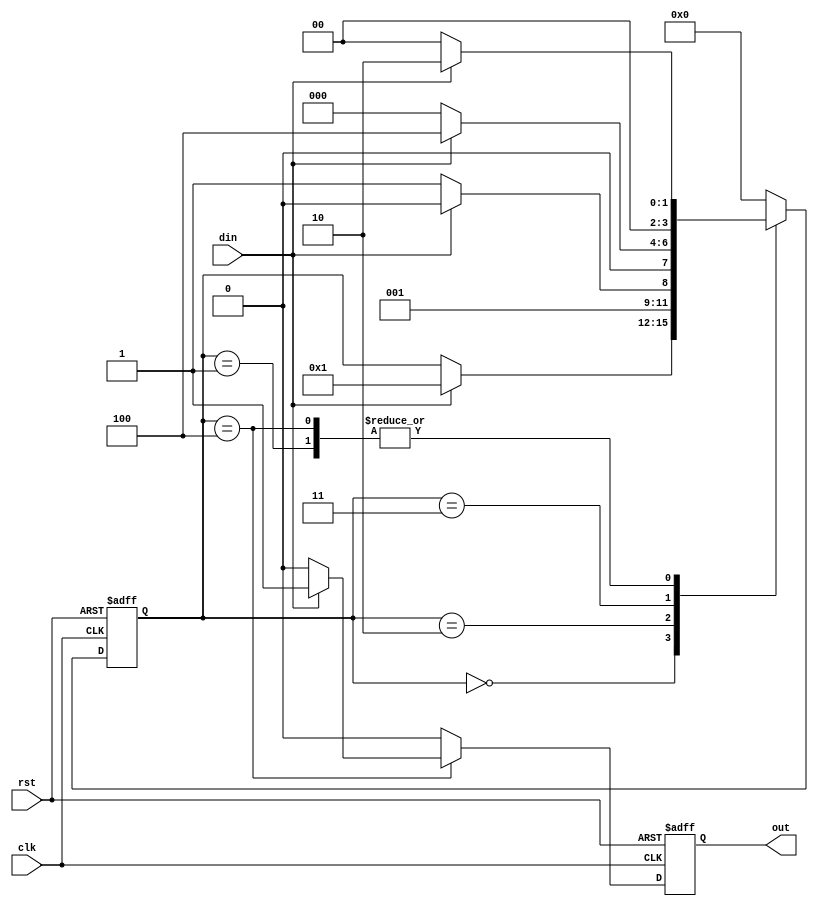
//----------------------------------------------------------------------------
// seqdet.v
// ---------------------------------------------------------------------------


module seqdet(clk, rst, din, out);
input clk, rst;
input din;
output reg out;
parameter S0=3'b000, S1=3'b001, S2=3'b010, S3=3'b011, S4=3'b100;
reg [3:0] state;

always @(negedge clk or negedge rst)
begin
   if(~rst) begin
	state <= S0;
	out <= 1'b0;
   end
   else begin
   case(state)

	S0: begin
		if(din==1) state <= S1;
		else ;
		out <= 1'b0;
	    end

	S1: begin
		if(din==1) state <= S2;
		else state <= S0;
		out <= 1'b0;
	    end

	S2: begin
		if(din==0) state <= S3;
		else if(din==1) state <= S2;
		else state <= S0;
		out <= 1'b0;
	    end

	S3: begin
		if(din==1) state <= S4;
		else state <= S0;
		out <= 1'b0;
	   end

	S4: begin
		if(din==1) begin
		   state <= S2;
		   out <= 1'b1;
		end
		else begin
		   state <= S0;
		   out <= 1'b0;
		end
	    end

   default: begin
		state <= S0;
		out <= 1'b0;
	    end

   endcase
   end
end

endmodule